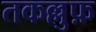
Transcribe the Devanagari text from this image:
तकल्लुफ़